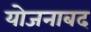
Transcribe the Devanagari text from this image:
योजनाबद